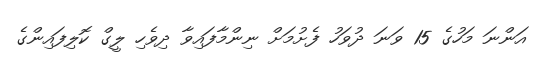
އަންނަ މަހުގެ 15 ވަނަ ދުވަހު ފެށުމަށް ނިންމާފައިވާ ދިވެހި ލީގް ކޮލިފައިންގެ